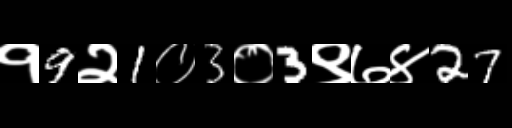
Text: १9२1०3०3९७४27